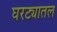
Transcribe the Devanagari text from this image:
घरट्यातल